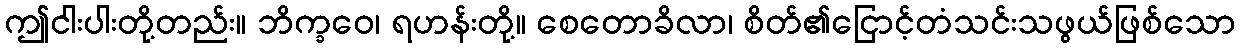
ဤငါးပါးတို့တည်း။ ဘိက္ခဝေ၊ ရဟန်းတို့။ စေတောခိလာ၊ စိတ်၏ငြောင့်တံသင်းသဖွယ်ဖြစ်သော